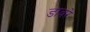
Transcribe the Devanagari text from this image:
डावरे